Civil Veterinary Department. Central Provinces & Berar 1932-41 - 1932-1941
Year: 1932
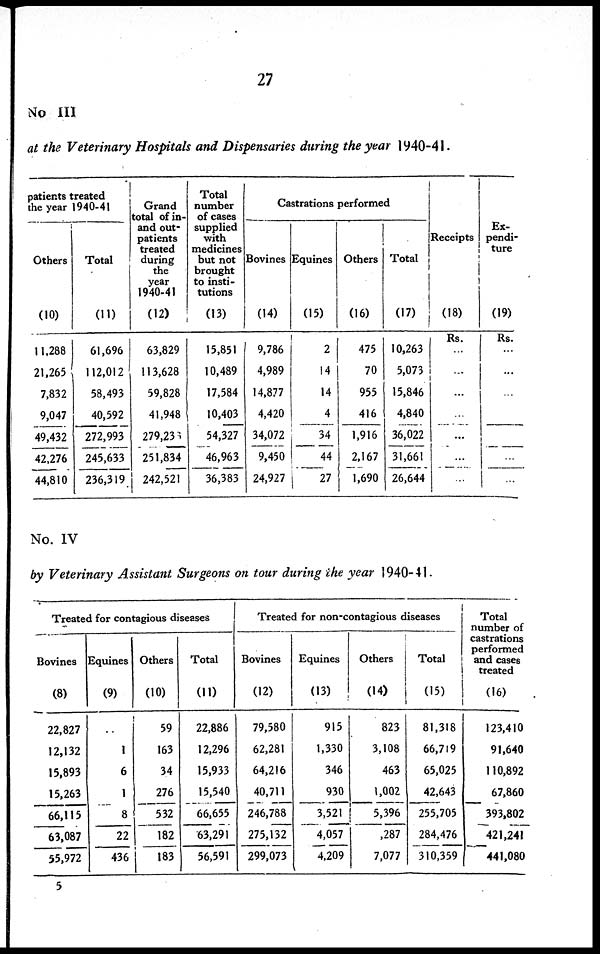
27
No III
at the Veterinary Hospitals and Dispensaries during the year 1940-41
patients treated
the year 1940-41
Others
(10)
11,288
21,265
7,832
9,047
49,432
42,276
44,810
Total
(11)
61,696
112,012
58,493
40,592
272,993
245,633
236,319
Grand
total of in-
and out-
patients
treated
during
the
year
1940-41
(12)
63,829
113,628
59,828
41,948
279,236
251,834
242,521
Total
number
of cases
supplied
with
medicines
but not
brought
to insti-
tutions
(13)
15,851
10,489
17,584
10,403
54,327
46,963
36,383
Castrations performed
Bovines
(14)
9,786
4,989
14,877
4,420
34,072
9,450
24,927
Equines
(15)
2
14
14
4
34
44
27
Others
(16)
475
70
955
416
1,916
2,167
1,690
Total
(17)
10,263
5,073
15,846
4,840
36,022
31,661
26,644
Receipts
(18)
Rs.
...
...
...
...
...
...
...
Ex-
pendi-
ture
(19)
Rs.
...
...
...
...
...
...
...
No. IV
by Veterinary Assistant Surgeons on tour during the year 1940-41
Treated for contagious diseases
Bovines
(8)
22,827
12,132
15,893
15,263
66,115
63,087
55,972
Equines
(9)
1
6
1
8
22
436
Others
(10)
59
163
34
276
532
182
183
Total
(11)
22,886
12,296
15,933
15,540
66,655
63,291
56,591
Treated for non-contagious diseases
Bovines
(12)
79,580
62,281
64,216
40,711
246,788
275,132
299,073
Equines
(13)
915
1,330
346
930
3,521
4,057
4,209
Others
(14)
823
3,108
463
1,002
5,396
,287
7,077
Total
(15)
81,318
66,719
65,025
42,643
255.705
284,476
310,359
Total
number of
castrations
and cases
treated
(16)
123,410
91,640
110,892
67,860
393,802
421,241
441,080
5